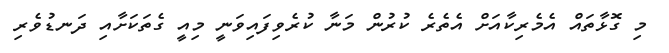
މި ގޮޅާތައް އެމެރިކާއަށް އެތެރެ ކުރުން މަނާ ކުރެވިފައިވަނީ މިއީ ގެތަކަށާއި ދަނޑުވެރި